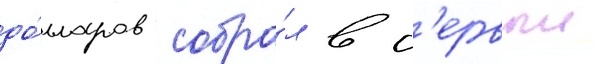
до́лларов собра́л в п'ервыи